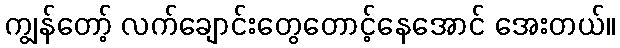
ကျွန်တော့် လက်ချောင်းတွေတောင့်နေအောင် အေးတယ်။